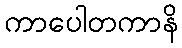
ကာပေါတကာနိ